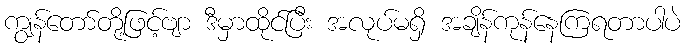
ကျွန်တော်တို့ဖြင့်ဗျာ ဒီမှာထိုင်ပြီး အလုပ်မရှိ အချိန်ကုန်နေကြရတာပါပဲ